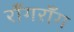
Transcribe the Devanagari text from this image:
राँगराँग